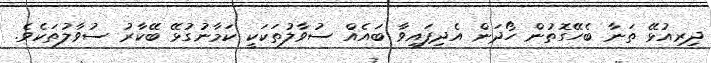
ދިރިއުޅޭ ތަނާ ބެހޭގޮތުން ހޯދަން އެދިފައިވާ ބައެއް ސުވާލުތަކަކީ ކަމާނުގުޅޭ ބޭކާރު ސުވާލުތަކެވެ.